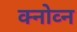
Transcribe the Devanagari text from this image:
क्नोव्न